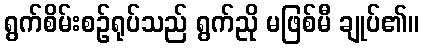
ရွက်စိမ်းစဉ်ရုပ်သည် ရွက်ညို မဖြစ်မီ ချုပ်၏။